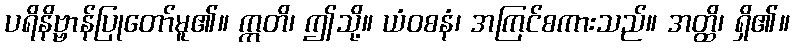
ပရိနိဗ္ဗာန်ပြုတော်မူ၏။ ဣတိ၊ ဤသို့။ ယံဝစနံ၊ အကြင်စကားသည်။ အတ္ထိ၊ ရှိ၏။